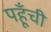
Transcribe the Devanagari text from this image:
पहूँची